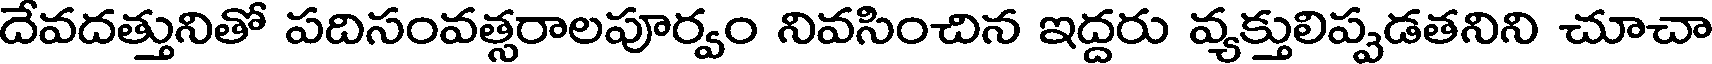
దేవదత్తునితో పదిసంవత్సరాలపూర్వం నివసించిన ఇద్దరు వ్యక్తులిప్పడతనిని చూచా